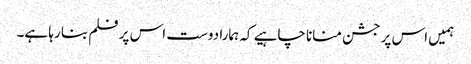
ہمیں اس پر جشن منانا چاہیے کہ ہمارا دوست اس پر فلم بنا رہا ہے۔